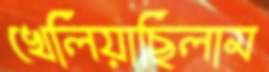
খেলিয়াছিলাম